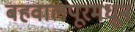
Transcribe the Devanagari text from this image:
बहवालपूरमधून